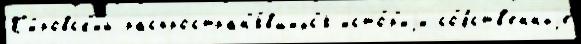
К'и́ровск'ий распростран'я́вшихс'я исто́р'иjи со́бств'енныjе